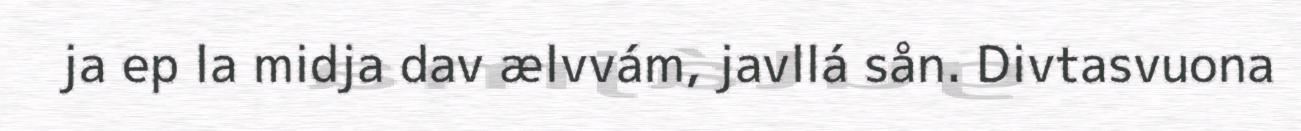
ja ep la midja dav ælvvám, javllá sån. Divtasvuona